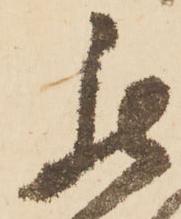
罷